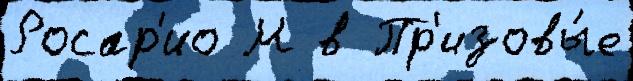
Росар'ио М в Пр'изовы́е